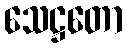
သေဋ္ဌတော